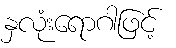
နှလုံးရောဂါဖြင့်